Vital statistics of India. Vol. V, Reports of 1876 on armies & jails and on epidemic cholera
Year: 1876
Disease focus: Cholera
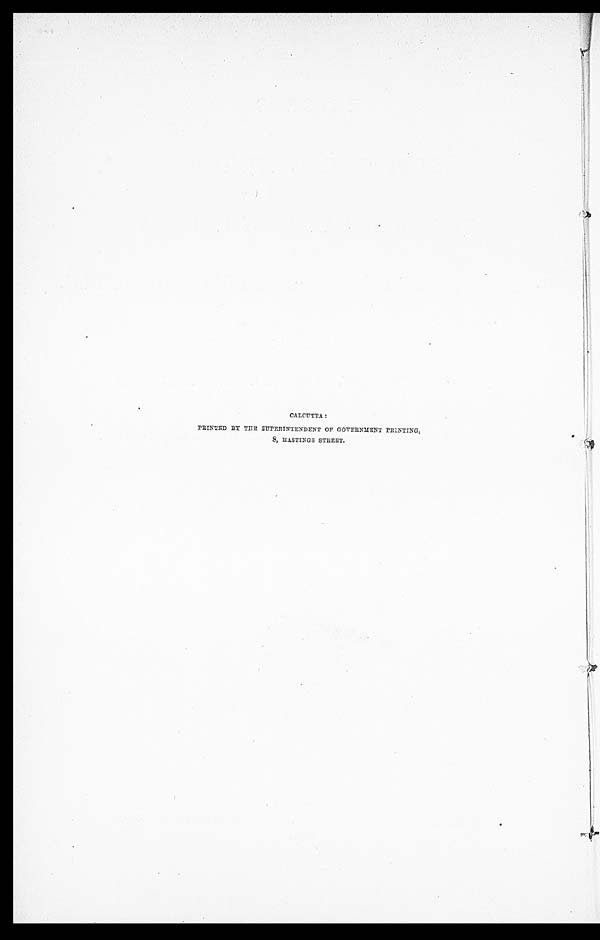
CALCUTTA:
PRINTED BY THE SUPERINTENDENT OF GOVERNMENT PRINTING,
8, HASTINGS STREET.